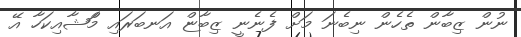
ނުން ޒިބާން ތެހެން ނިބެނަ މަށް ފެނެނީ ޒިބާޏް އަނބަރައި މަްޝާއިކަހާ އޭ